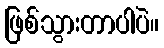
ဖြစ်သွားတာပါပဲ။